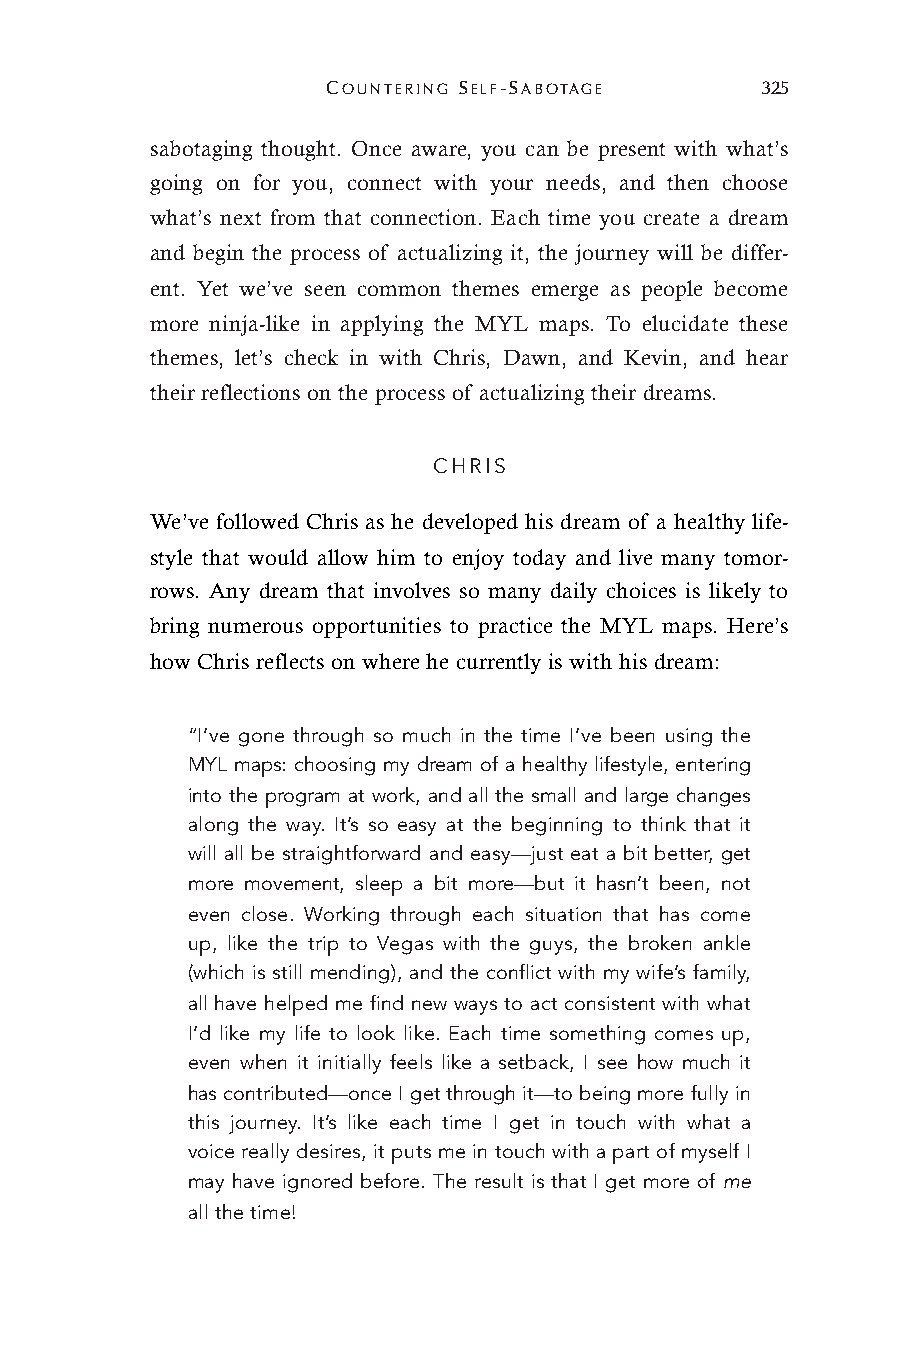
COUNTERING SELF-SABOTAGE    325
 sabotaging thought. Once aware, you can be present with what’s
 going on for you, connect with your needs, and then choose
 what’s next from that connection. Each time you create a dream
 and begin the process of actualizing it, the journey will be differ-
 ent. Yet we’ve seen common themes emerge as people become
 more ninja-like in applying the MYL maps. To elucidate these
 themes, let’s check in with Chris, Dawn, and Kevin, and hear
 their reflections on the process of actualizing their dreams.
 CHRIS
 We’ve followed Chris as he developed his dream of a healthy life-
 style that would allow him to enjoy today and live many tomor-
 rows. Any dream that involves so many daily choices is likely to
 bring numerous opportunities to practice the MYL maps. Here’s
 how Chris reflects on where he currently is with his dream:
 “I’ve gone through so much in the time I’ve been using the
 MYL maps: choosing my dream of a healthy lifestyle, entering
 into the program at work, and all the small and large changes
 along the way. It’s so easy at the beginning to think that it
 will all be straightforward and easy—just eat a bit better, get
 more movement, sleep a bit more—but it hasn’t been, not
 even close. Working through each situation that has come
 up, like the trip to Vegas with the guys, the broken ankle
 (which is still mending), and the conflict with my wife’s family,
 all have helped me find new ways to act consistent with what
 I’d like my life to look like. Each time something comes up,
 even when it initially feels like a setback, I see how much it
 has contributed—once I get through it—to being more fully in
 this journey. It’s like each time I get in touch with what a
 voice really desires, it puts me in touch with a part of myself I
 may have ignored before. The result is that I get more of me
 all the time!